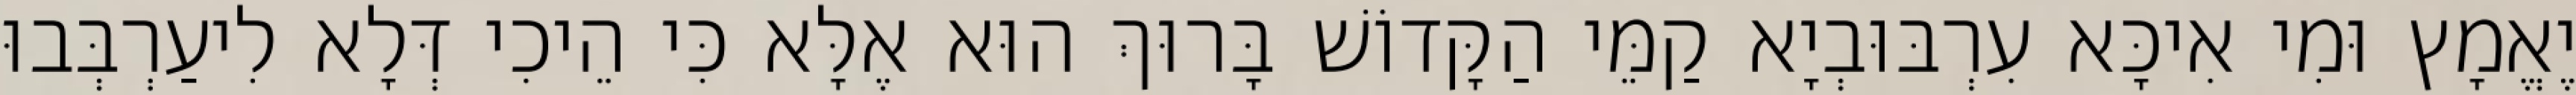
יֶאֱמָץ וּמִי אִיכָּא עִרְבּוּבְיָא קַמֵּי הַקָּדוֹשׁ בָּרוּךְ הוּא אֶלָּא כִּי הֵיכִי דְּלָא לִיעַרְבְּבוּ